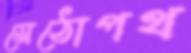
মেঠোপথ